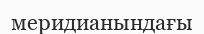
меридианындағы